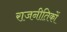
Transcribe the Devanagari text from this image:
राजनीतिकों